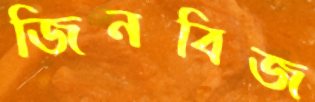
জিনবিজ